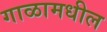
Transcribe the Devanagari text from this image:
गाळामधील